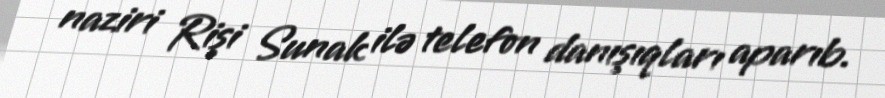
naziri Rişi Sunak ilə telefon danışıqları aparıb.